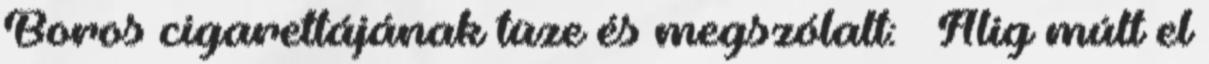
Boros cigarettájának tüze és megszólalt: – Alig múlt el